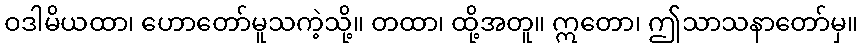
ဝဒါမိယထာ၊ ဟောတော်မူသကဲ့သို့။ တထာ၊ ထို့အတူ။ ဣတော၊ ဤသာသနာတော်မှ။